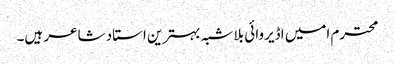
محترم امیں اڈیروائی بلا شبہ بہترین استاد شاعر ہیں۔